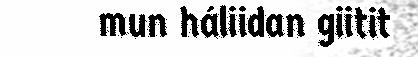
mun háliidan giitit